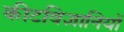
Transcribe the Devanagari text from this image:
कीटविज्ञानियों